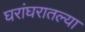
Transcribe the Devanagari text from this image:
घरांघरातल्या